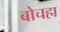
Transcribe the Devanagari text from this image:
बोचहा